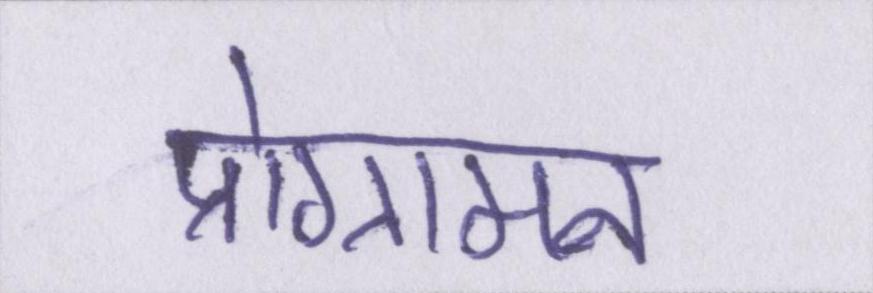
प्रोग्रामन